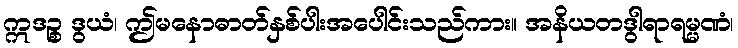
ဣဒဉ္စ ဒွယံ၊ ဤမနောဓာတ်နှစ်ပါးအပေါင်းသည်ကား။ အနိယတဒွါရာရမ္မဏံ၊